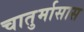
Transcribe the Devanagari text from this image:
चातुर्मासास